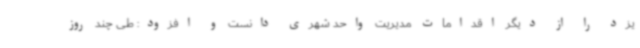
یزد را از دیگر اقدامات مدیریت واحد شهری دانست و افزود: طی چند روز